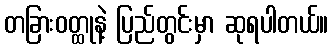
တခြားဝတ္ထုနဲ့ ပြည်တွင်းမှာ ဆုရပါတယ်။